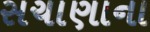
સચાણાના